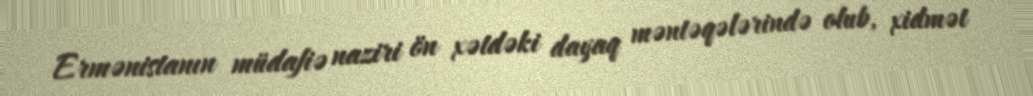
Ermənistanın müdafiə naziri ön xətdəki dayaq məntəqələrində olub, xidmət